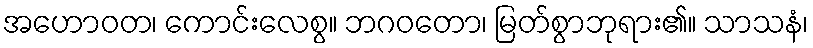
အဟောဝတ၊ ကောင်းလေစွ။ ဘဂဝတော၊ မြတ်စွာဘုရား၏။ သာသနံ၊